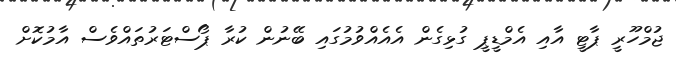
ޖުމްހޫރީ ޕާޓީ އާއި އެމްޑީޕީ ގުޅިގެން އެއެއްވުމުގައި ބޭނުން ކުރާ ޕޯސްޓަރުތައްވެސް އާމުކޮށް